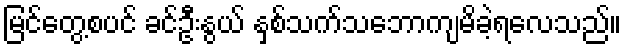
မြင်တွေ့စပင် ခင်ဦးနွယ် နှစ်သက်သဘောကျမိခဲ့ရလေသည်။